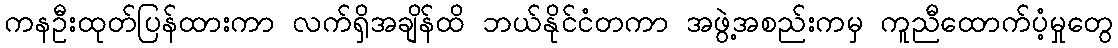
ကနဦးထုတ်ပြန်ထားကာ လက်ရှိအချိန်ထိ ဘယ်နိုင်ငံတကာ အဖွဲ့အစည်းကမှ ကူညီထောက်ပံ့မှုတွေ